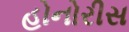
હોનોરીસ